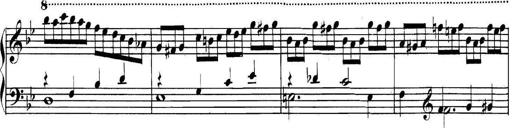
Title: Collected Piano Sonatas
Composer: Muzio Clementi